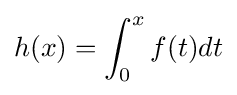
h(x)=\int _{0}^{x}f(t)dt